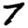
Digit: 7